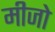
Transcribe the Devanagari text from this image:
मीजो